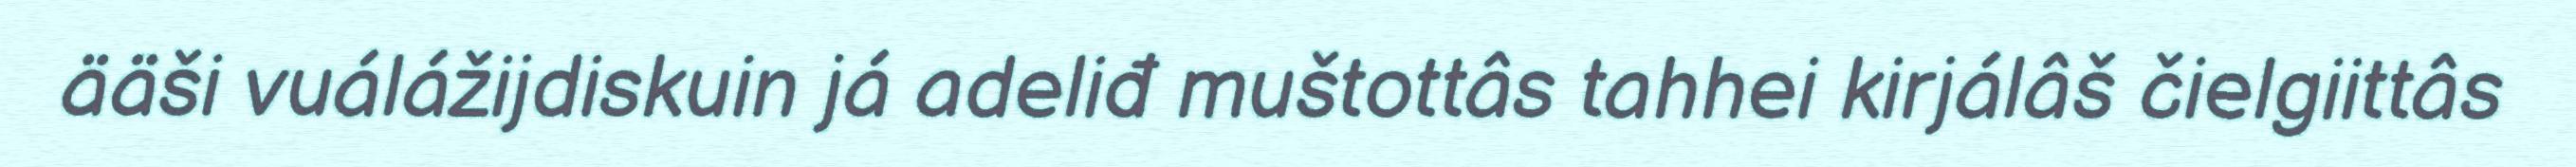
ääši vuálážijdiskuin já adeliđ muštottâs tahhei kirjálâš čielgiittâs